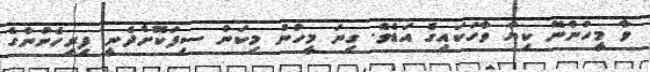
ވާ މީހުންނޭ ކިޔާ ވާހަކައިގެ އަޑެވެ. ގިނަ މީހުން މިކަން ސިފަކޮށްދެނީ ފިރިހެނުންގެ